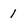
Character: 1